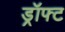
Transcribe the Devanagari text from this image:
ड्रॉफ्ट